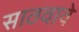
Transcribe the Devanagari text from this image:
साठवावे